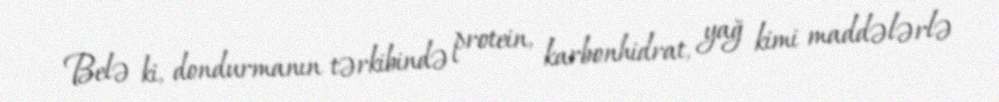
Belə ki, dondurmanın tərkibində protein, karbonhidrat, yağ kimi maddələrlə